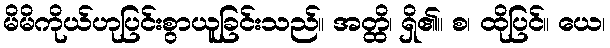
မိမိကိုယ်ဟုပြင်းစွာယူခြင်းသည်။ အတ္ထိ၊ ရှိ၏။ စ၊ ထိုပြင်။ ယေ၊